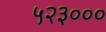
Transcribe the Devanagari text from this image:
५२३०००